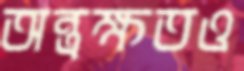
অন্ত্রক্ষতও